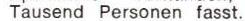
Tausend Personen fasst.